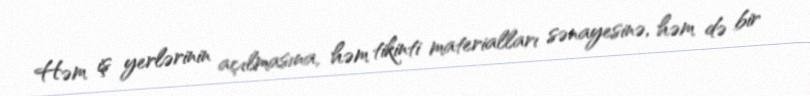
Həm iş yerlərinin açılmasına, həm tikinti materialları sənayesinə, həm də bir